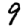
Digit: 9